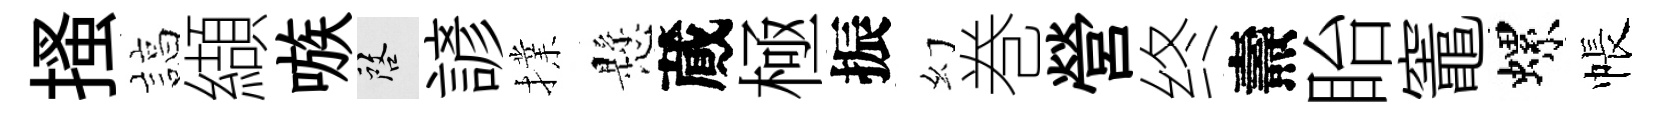
搔諄纈嗾啓諺擈懸蕆極振幻巻營终燾眙竈螺帳